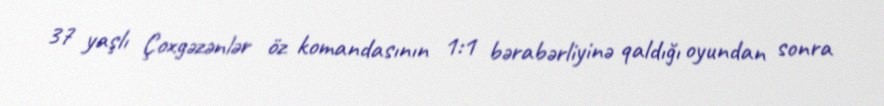
37 yaşlı Çoxgəzənlər öz komandasının 1:1 bərabərliyinə qaldığı oyundan sonra